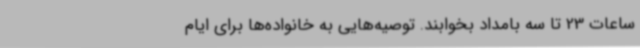
ساعات 23 تا سه بامداد بخوابند. توصیه‌هایی به خانواده‌ها برای ایام